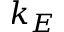
k _ { E }